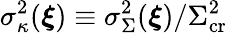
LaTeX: \sigma_{\kappa}^{2}(\boldsymbol{\xi})\equiv\sigma_{\Sigma}^{2}(\boldsymbol{\xi})/\Sigma_{\mathrm{cr}}^{2}